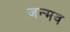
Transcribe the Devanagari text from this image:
जन्मव